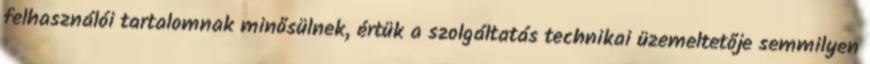
felhasználói tartalomnak minősülnek, értük a szolgáltatás technikai üzemeltetője semmilyen